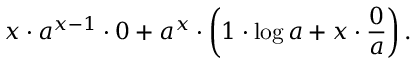
x \cdot a ^ { x - 1 } \cdot 0 + a ^ { x } \cdot \left( 1 \cdot \log a + x \cdot { \frac { 0 } { a } } \right) .